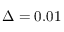
\Delta = 0 . 0 1